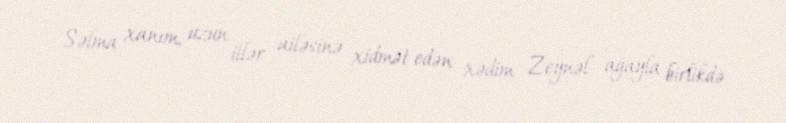
Səlma xanım, uzun illər ailəsinə xidmət edən xədim Zeynəl ağayla birlikdə